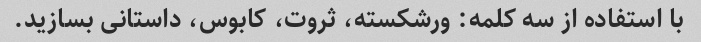
با استفاده از سه کلمه: ورشکسته، ثروت، کابوس، داستانی بسازید.